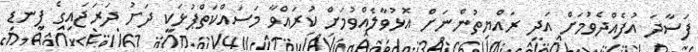
ފަސާދަ އުފެއްދެވުމަށް އަދި ރައްޔިތުންނަަށް އޮޅުވާލެއްވުމަށް ކުރައްވާ މަސައްކަތްޕުޅަކީ ދަށު ދަރަޖައިގެ ފިނޑި